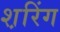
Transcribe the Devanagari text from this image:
श़रिंग